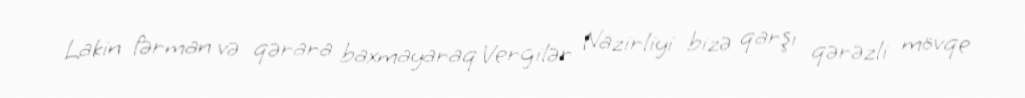
Lakin fərman və qərara baxmayaraq Vergilər Nazirliyi bizə qarşı qərəzli mövqe